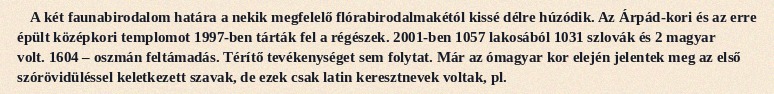
A két faunabirodalom határa a nekik megfelelő flórabirodalmakétól kissé délre húzódik. Az Árpád-kori és az erre épült középkori templomot 1997-ben tárták fel a régészek. 2001-ben 1057 lakosából 1031 szlovák és 2 magyar volt. 1604 – oszmán feltámadás. Térítő tevékenységet sem folytat. Már az ómagyar kor elején jelentek meg az első szórövidüléssel keletkezett szavak, de ezek csak latin keresztnevek voltak, pl.